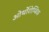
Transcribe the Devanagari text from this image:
ओर्थोरोम्बिक